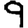
Digit: 9